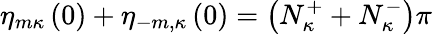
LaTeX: \eta_{m\kappa}\left(0\right)+\eta_{-m,\kappa}\left(0\right)=\left(N_{\kappa}^{+}+N_{\kappa}^{-}\right)\pi